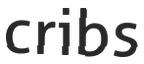
cribs